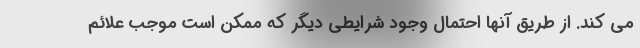
می کند. از طریق آنها احتمال وجود شرایطی دیگر که ممکن است موجب علائم